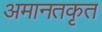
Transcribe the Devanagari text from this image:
अमानतकृत